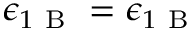
\epsilon _ { 1 \mathrm { ~ B ~ } } = \epsilon _ { 1 \mathrm { ~ B ~ } }